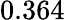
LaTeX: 0.364